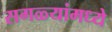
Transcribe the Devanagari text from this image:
सगळ्यांमध्ये